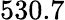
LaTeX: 530.7